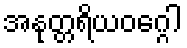
အနုတ္တရိယဝဂ္ဂေါ